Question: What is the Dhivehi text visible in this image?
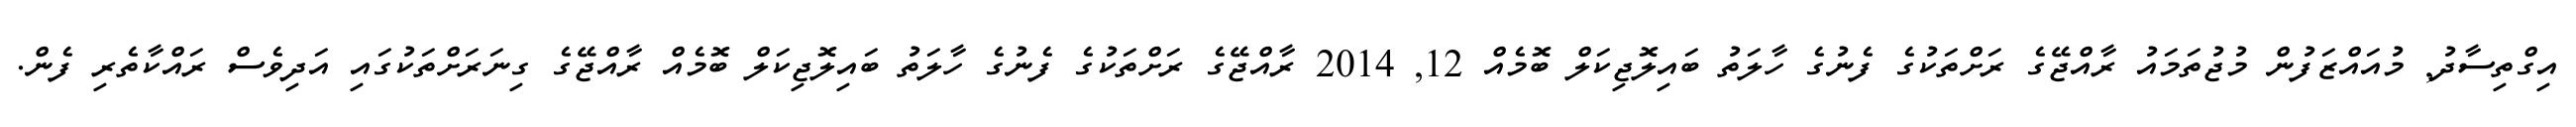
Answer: އިގްތިސާދު, މުއައްޒަފުން މުޖުތަމައު ރާއްޖޭގެ ރަށްތަކުގެ ފެނުގެ ހާލަތު ބައިލޮޖިކަލް ބޮމެއް 12, 2014 ރާއްޖޭގެ ރަށްތަކުގެ ފެނުގެ ހާލަތު ބައިލޮޖިކަލް ބޮމެއް ރާއްޖޭގެ ގިނަރަށްތަކުގައި އަދިވެސް ރައްކާތެރި ފެން.